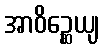
အာဝိဉ္ဆေယျ